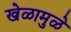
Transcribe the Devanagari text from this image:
खेळामुळे